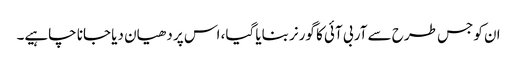
ان کو جس طرح سے آر بی آئی کا گورنر بنایا گیا، اس پر دھیان دیا جانا چاہیے۔